Senior Leaving Certificate Examination (including Day School Certificate (Higher) General paper), 1949
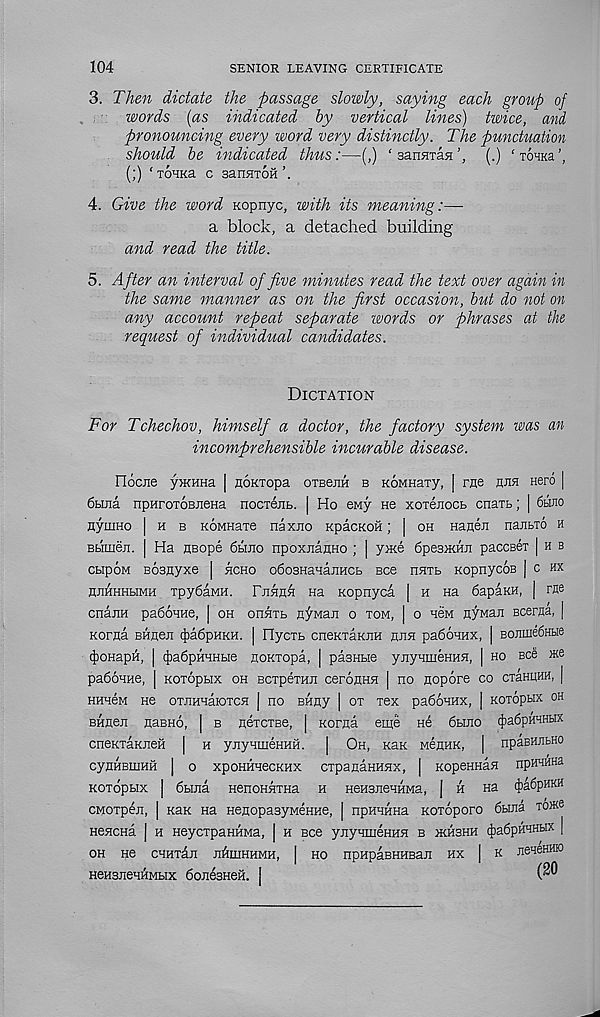
104
SENIOR LEAVING CERTIFICATE
3. Then dictate the passage slowly, saying each group of
words (as indicated by vertical lines) twice, and
pronouncing every word very distinctly. The punctuation
should be indicated thus:—(,) ‘sanATan’, (.) 'xoTKa’,
(;) ‘TOHKa C SaiTHTOH’.
4. Give the word Kopnyc, with its meaning:—
a block, a detached building
and read the title.
5. After an interval of five minutes read the text over again in
the same manner as on the first occasion, but do not on
any account repeat separate words or phrases at the
request of individual candidates.
Dictation
For Tchechov, himself a doctor, the factory system was an
incomprehensible incurable disease.
FTocne yacHHa | noKTopa oxeejiH b KOMHaxy, j rue am Hero |
6bma npHroTOBJiena nocxejiB. | Ho eny He xoxejiocb cnaxb; | 6hjio
HyiHHo | h b KOMHaxe na xjio KpacKOH; | oh Haaeji najibxo h
Bbimeji. | Ha HBope 6hjio npoxnauHo ; | yme 6pe3iKHJi paccBex | h b
cbipoM Bosnyxe [ hcho o6o3HaHajiHCb see naxb Kopnycos | c hx
HHHHHbiMH xpySaMH. PuHn^ Ha Kopnyci | h na 6apiKH, j rfle
cnaiiH pa6oHHe, | oh ohhxb EyMan o xom, | o new Hywaji Bcerna, |
Korna BHfleit 4)a6pHKH. | Hyoxb cneKxaKJiH hjia paSoanx, | B0Jiuie6Hbie
(JjoHapH, | (|)a6pHHHbie noxxopa, | pasHbie ynynmenHA, | ho see mc
pa66HHe, [ Koxopbix oh Bcxpexan ceroHHH | no nopore co cxaHnnH, |
HHH6M He OXJIHHaiOTCH | HO BHny | OX X6X pa6oHHX, [ KOXOpbIX OH
BHneji naBHo, | b nerexee, | Korna eme h6 6bmo 4 ) a6pHHHbix
cneKxaKJieH | h ynyHmeHHH. | Oh, khk wennK, | npaBHJibHO
cynHBiiiHH | o xpoHHiecKHX cxpanaHHHx, | KopennaH npHHHHa
Koxopbix | 6bma HenoHHXHa h HeHsneHHMa, J h na 4)a6pHKH
CMoxpeji, | khk Ha HenopasyMeHHe, | npHHHHa Koxoporo 6biJia T0*e
Heflcna | h HeycxpaHHMa, | h see ynyHmeHHH b ikhshh (f)a6pHHHbix |
OH He CHHXajI JlftlHHHMH, | HO npHpaBHHBaji HX | K JieHeHHK)
HeHSJieHHMbix 6one3HeH. I
(20